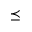
\preceq